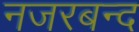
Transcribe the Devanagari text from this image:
नजरबन्‍द